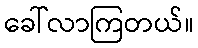
ခေါ်လာကြတယ်။